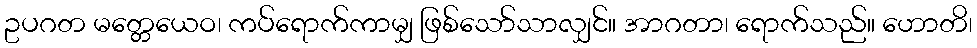
ဥပဂတ မတ္တေယေဝ၊ ကပ်ရောက်ကာမျှ ဖြစ်သော်သာလျှင်။ အာဂတာ၊ ရောက်သည်။ ဟောတိ၊